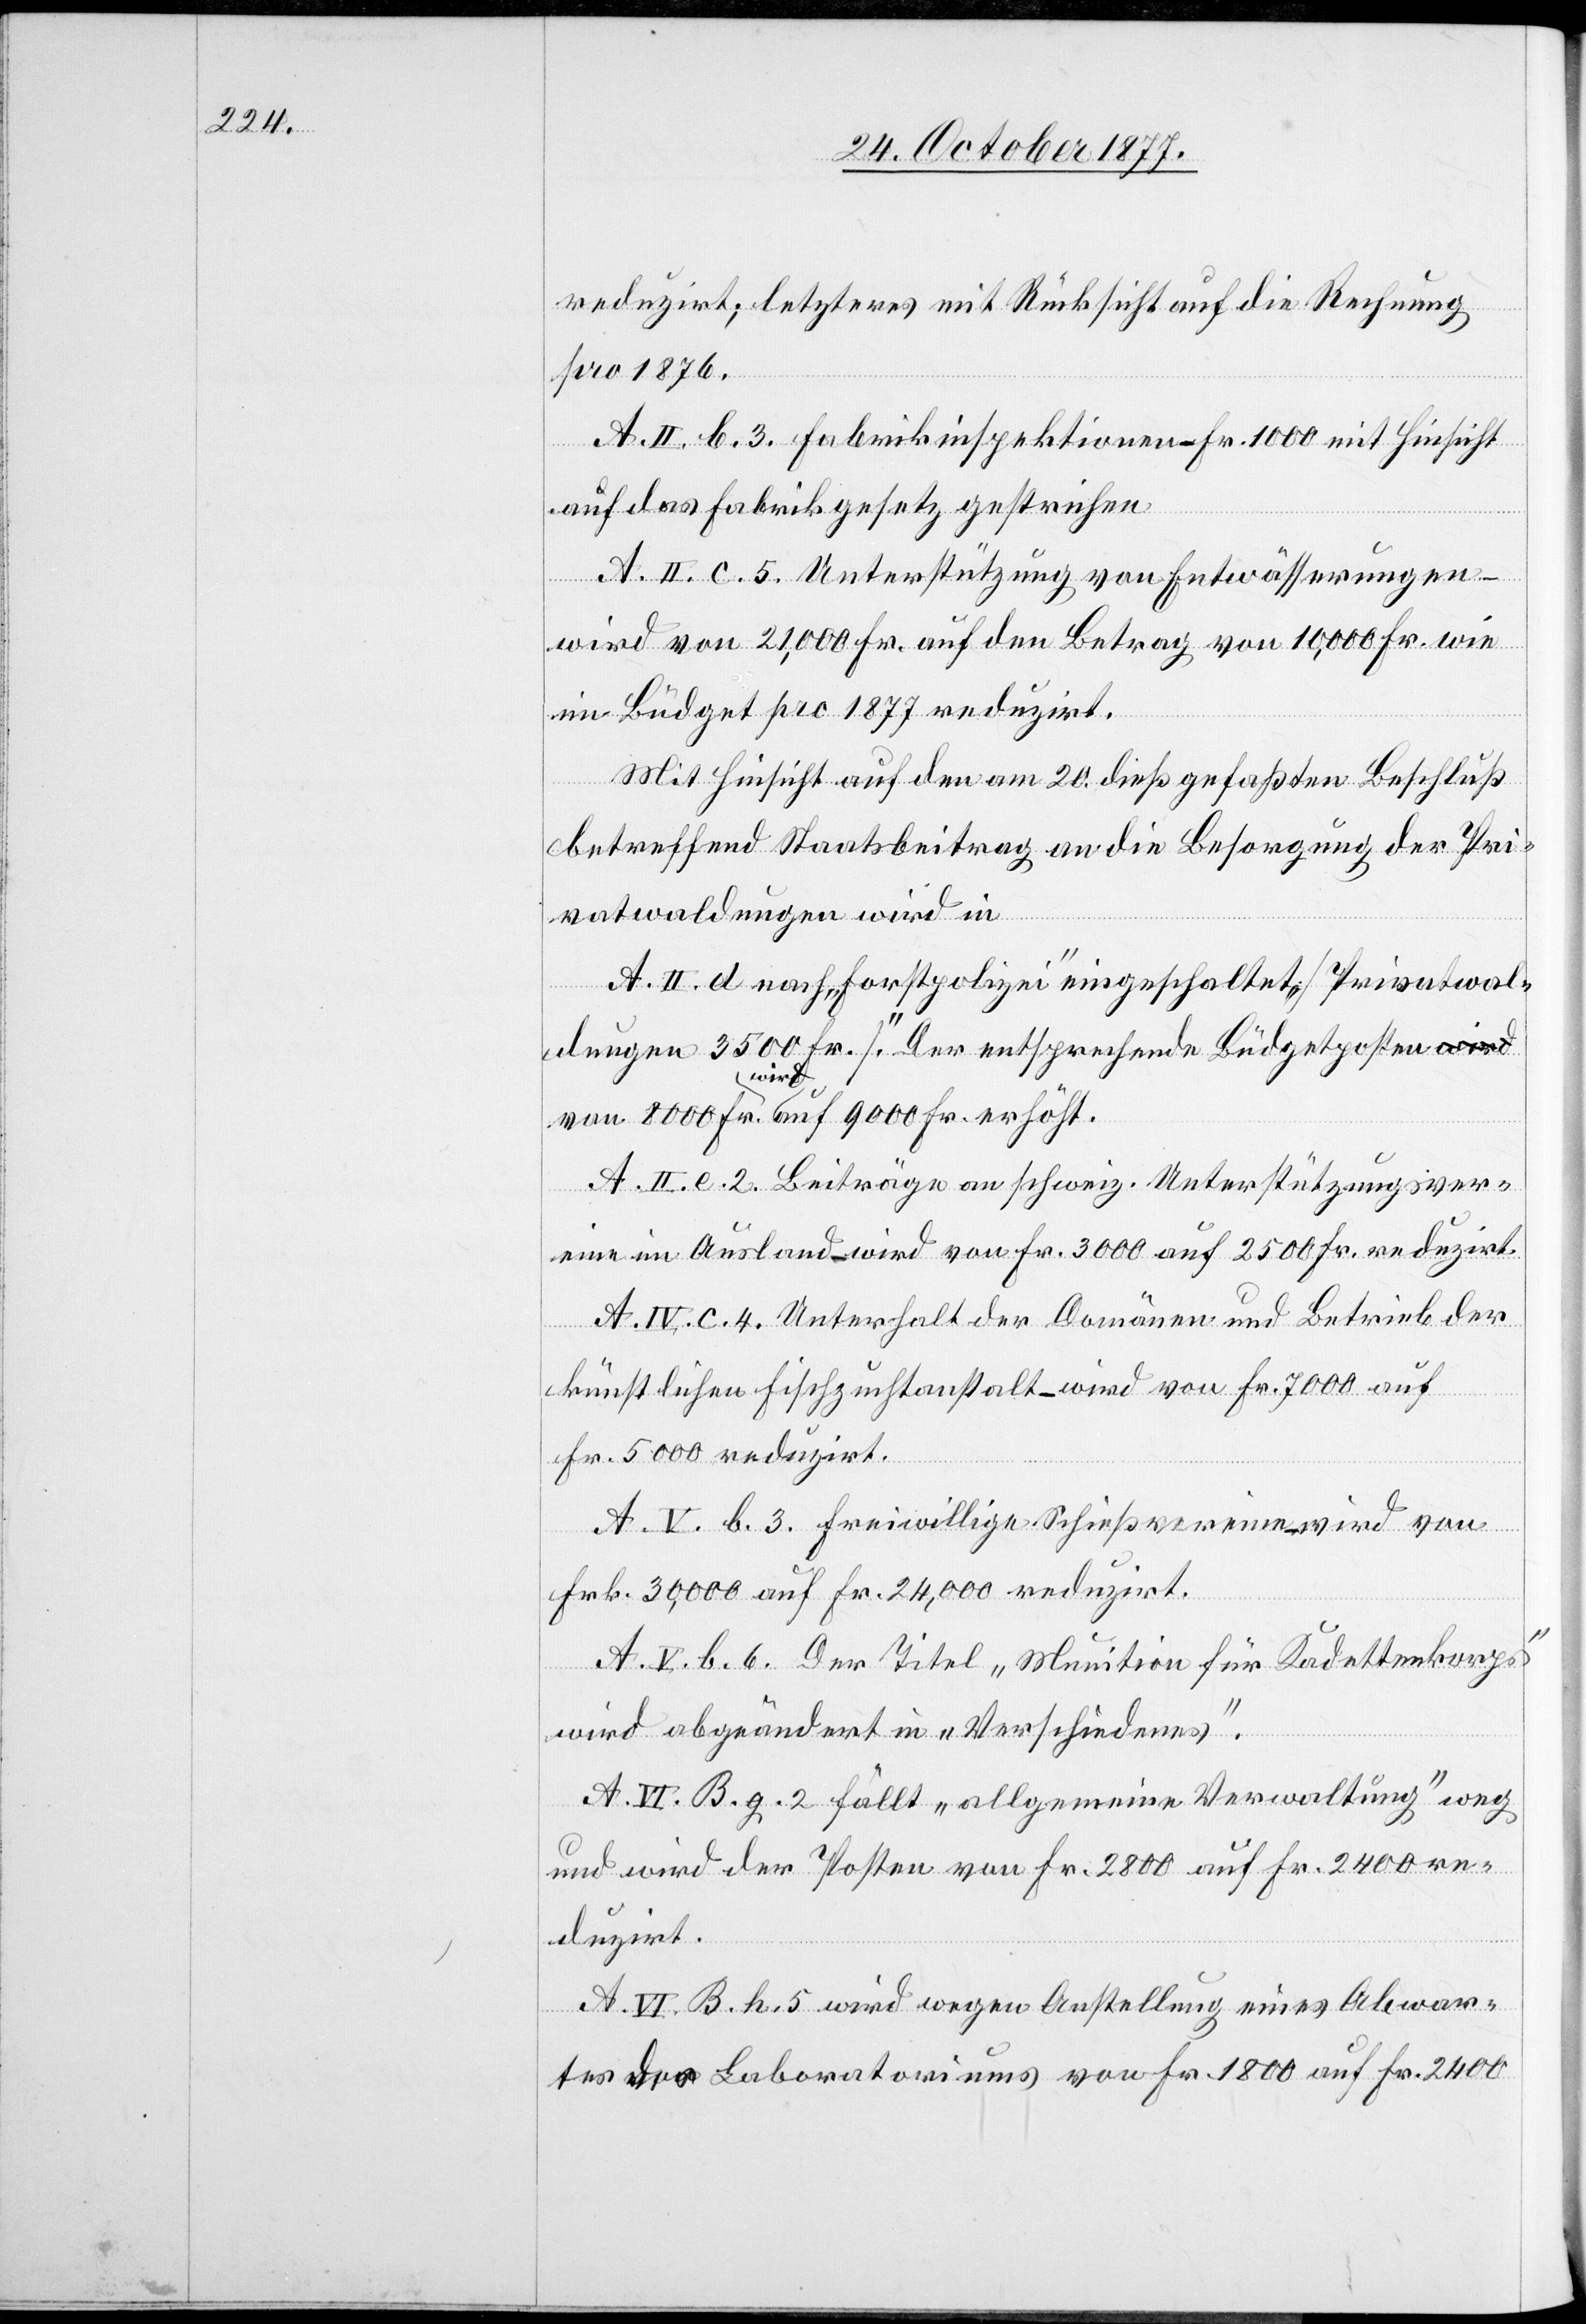
reduzirt; letzteres mit Rücksicht auf die Rechnung
pro 1876.
A. II. b. 3. Fabrikinspektionen – Fr. 1000 mit Hinsicht
auf das Fabrikgesetz gestrichen
A. II. c. 5. Unterstützung von Entwässerungen
wird von 21,000 Fr. auf den Betrag von 10,000 Fr. wie
im Büdget pro 1877 reduzirt.
Mit Hinsicht auf den am 20. dieß gefaßten Beschluß
betreffend Staatsbeitrag an die Besorgung der Pri¬
vatwaldungen wird in
A. II. d nach „Forstpolizei“ eingeschaltet „[Privatwal¬
dungen 3500 Fr.]“. Der entsprechende Büdgetposten a-wird-a
von 8000 Fr. wird auf 9000 Fr. erhöht.
A. II. e. 2. Beiträge an schweiz. Unterstützungsver¬
eine im Ausland – wird von Fr. 3000 auf 2500 Fr. reduzirt.
A. IV. c. 4. Unterhalt der Domänen und Betrieb der
künstlichen Fischzuchtanstalt – wird von Fr. 7000 auf
Fr. 5000 reduzirt.
A. V. b. 34. Freiwillige Schießvereine – wird von
Frk. 30,000 auf Fr. 24,000 reduzirt.
A. V. b. 6. Der Titel „Munition für Kadettenkorps“
wird abgeändert in „Verschiedenes“.
A. VI. B. g. 2 fällt „allgemeine Verwaltung“ weg
und wird der Posten von Fr. 2800 auf Fr. 2400 re¬
duzirt.
A. VI. B. h. 5 wird wegen Anstellung eines Abwar¬
tes des Laboratoriums von Fr. 1800 auf Fr. 2400